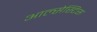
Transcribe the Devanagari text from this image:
आल्सेस्टिस